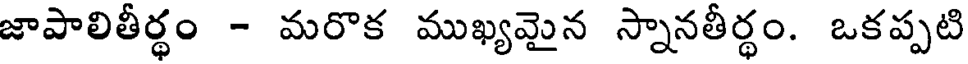
జాపాలితీర్థం - మరొక ముఖ్యమైన స్నానతీర్థం. ఒకప్పటి